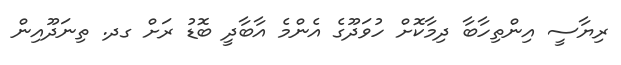
ރިޔާސީ އިންތިހާބާ ދިމާކޮށް ހުވަދޫގެ އެންމެ އާބާދީ ބޮޑު ރަށް ގދ. ތިނަދޫއިން